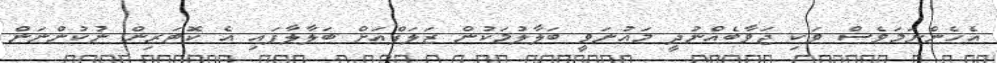
އެހެންނަމަވެސް ވަކި ޖަވާބެއްނުދީ މައުނަވީ ބަލާލުމަކުން ޒަލަފްއަށް ބަލާލާފައި އެ ކޮޓަރިން ނުކުންނަން